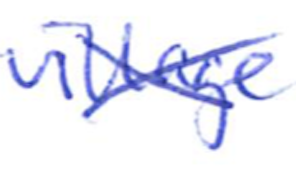
Text: village
Cross-out: cross
Writing tool: ballpoint